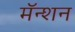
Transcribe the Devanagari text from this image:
मॅन्शन